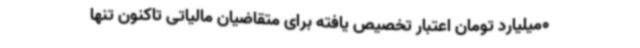
0میلیارد تومان اعتبار تخصیص یافته برای متقاضیان مالیاتی تاکنون تنها